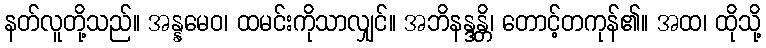
နတ်လူတို့သည်။ အန္နမေဝ၊ ထမင်းကိုသာလျှင်။ အဘိနန္ဒန္တိ၊ တောင့်တကုန်၏။ အထ၊ ထိုသို့